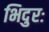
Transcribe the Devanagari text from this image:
भिदुरः